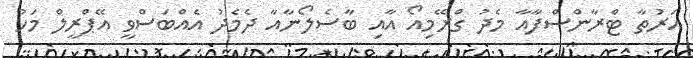
އަރުތާ ޓްރާންސްފާއާ މެދު ގްރޭމިއޯ އާއި ބާސެލޯނާއާ ދެމެދު އެއްބަސްވީ އޭޕްރީލް މަހު